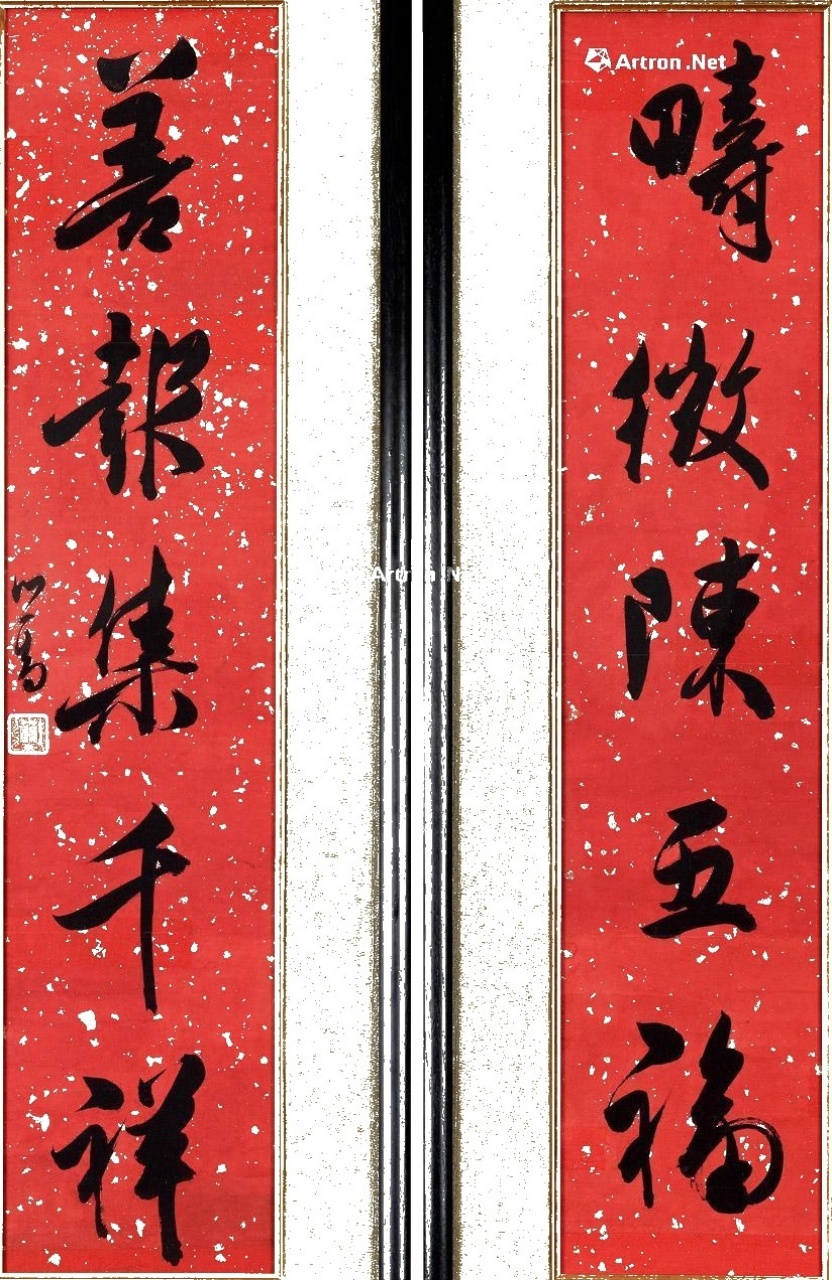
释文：畴征陈五福，善报集千祥。心畲。